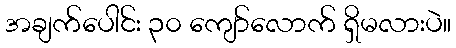
အချက်ပေါင်း ၃၀ ကျော်လောက် ရှိမလားပဲ။